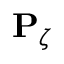
\mathbf { P } _ { \zeta }